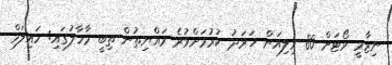
ނިޒާމީ ވޯޓަށް 80 މިލިއަން ޚަރަދު ކުރުމަށްވުރެ ރައްޔިތުން ތިބީ މާހާލުގައި: ހައިލަމް